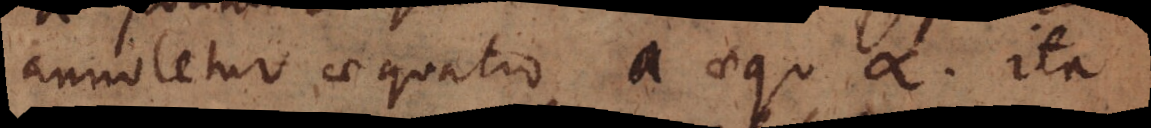
annotetur aequatio a aequ. ∝. ita